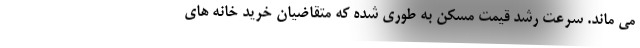
می ماند. سرعت رشد قیمت مسکن به طوری شده که متقاضیان خرید خانه های